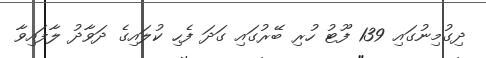
ދިގުމިނުގައި 139 ފޫޓު ހުރި ބޭރުގައި ގަދަ ފެހި ކުލައިގެ ދަވާދު ލާފައިވާ